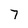
Character: 7